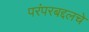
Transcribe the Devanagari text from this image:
परंपरबद्दलचे